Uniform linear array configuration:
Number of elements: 24
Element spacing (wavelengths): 0.5
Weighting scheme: cosine
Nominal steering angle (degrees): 15
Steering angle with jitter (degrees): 15.96
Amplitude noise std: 0.05
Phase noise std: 0.05

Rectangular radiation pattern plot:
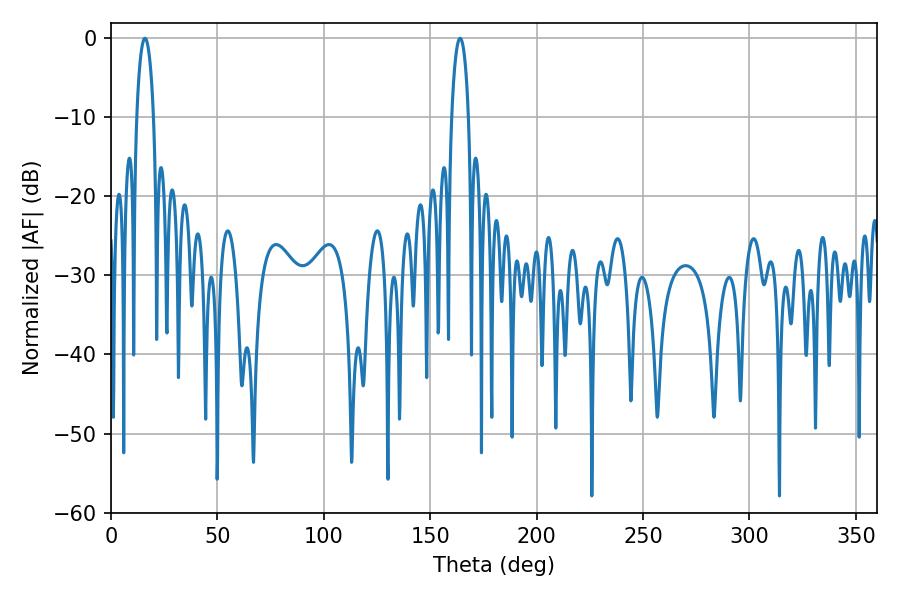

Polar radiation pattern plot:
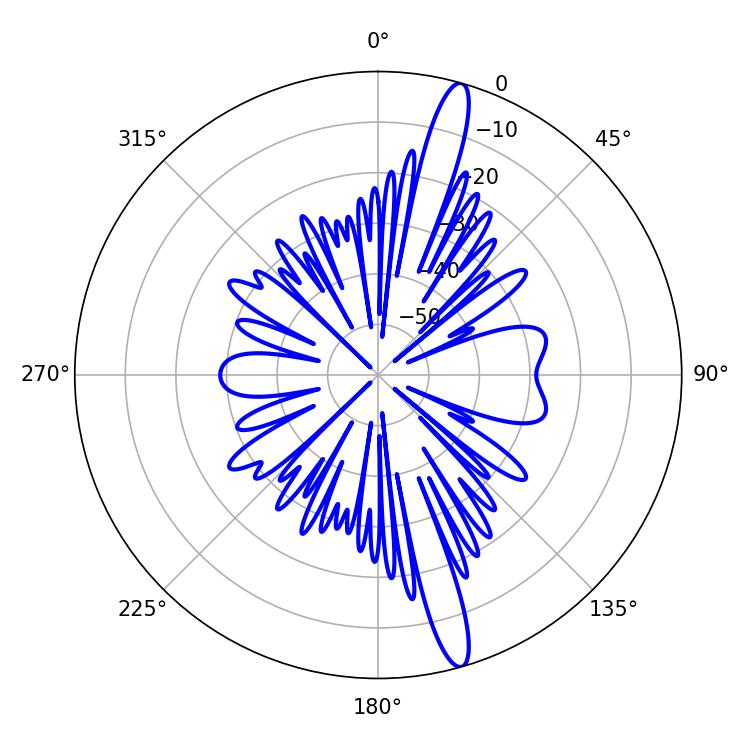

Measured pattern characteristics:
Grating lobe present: FALSE
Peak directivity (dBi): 16.164
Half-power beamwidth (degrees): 4.5
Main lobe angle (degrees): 16.02